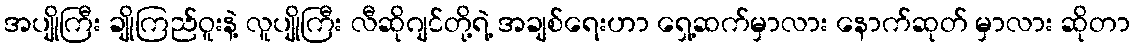
အပျိုကြီး ချိုကြည်ဝူးနဲ့ လူပျိုကြီး လီဆိုဂျင်တို့ရဲ့ အချစ်ရေးဟာ ရှေ့ဆက်မှာလား နောက်ဆုတ် မှာလား ဆိုတာ